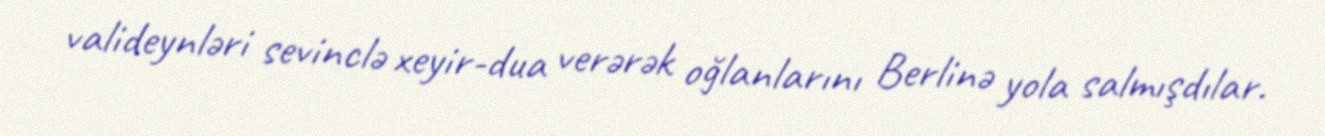
valideynləri sevinclə xeyir-dua verərək oğlanlarını Berlinə yola salmışdılar.